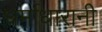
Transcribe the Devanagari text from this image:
धर्माधारानी